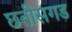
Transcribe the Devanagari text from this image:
छतीसगड